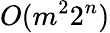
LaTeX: O(m^{2}2^{n})